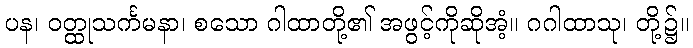
ပန၊ ဝတ္ထုသင်္ကမနာ၊ စသော ဂါထာတို့၏ အဖွင့်ကိုဆိုအံ့။ ဂဂါထာသု၊ တို့၌။